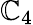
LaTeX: \mathbb{C}_{4}